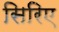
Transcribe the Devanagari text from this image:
सिरिए